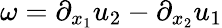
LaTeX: \omega=\partial_{x_{1}}u_{2}-\partial_{x_{2}}u_{1}